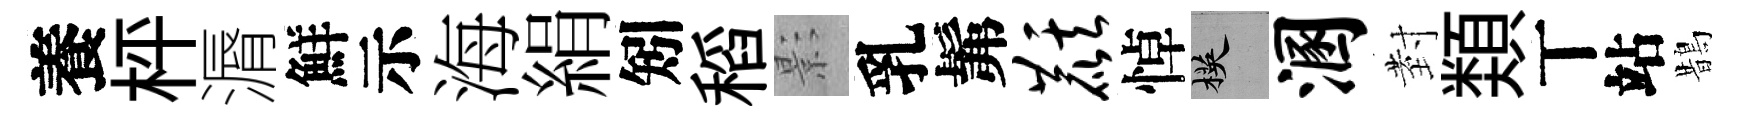
養枰漘鮮示海絹矧稻影乳髴麒悼楧溷𭔹𩔖丅站鵲